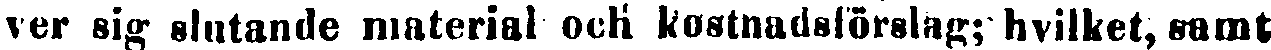
ver sig slutande material ocH kostnadsförslag; hvilket, samt